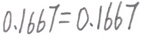
0 . 1 6 6 7 = 0 . 1 6 6 7